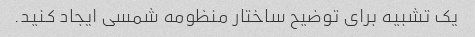
یک تشبیه برای توضیح ساختار منظومه شمسی ایجاد کنید.